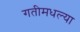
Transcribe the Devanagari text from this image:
गतीमधल्या